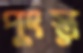
পুংস্ত্ব